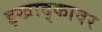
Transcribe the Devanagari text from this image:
इखाद्कावर